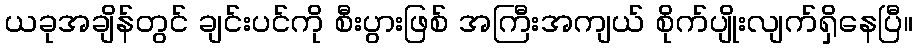
ယခုအချိန်တွင် ချင်းပင်ကို စီးပွားဖြစ် အကြီးအကျယ် စိုက်ပျိုးလျက်ရှိနေပြီ။